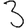
Digit: 3